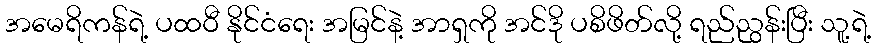
အမေရိကန်ရဲ့ ပထဝီ နိုင်ငံရေး အမြင်နဲ့ အာရှကို အင်ဒို ပစိဖိတ်လို့ ရည်ညွန်းပြီး သူ့ရဲ့